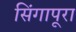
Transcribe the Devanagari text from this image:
सिंगापूरा